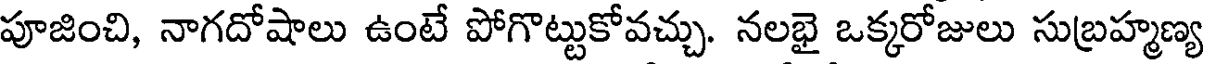
పూజించి, నాగదోషాలు ఉంటే పోగొట్టుకోవచ్చు. నలభై ఒక్కరోజులు సుబ్రహ్మణ్య